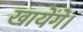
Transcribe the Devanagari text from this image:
खायेंगे।